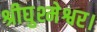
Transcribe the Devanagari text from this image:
श्रीघुश्मेश्वर।